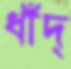
ধাঁদ্‌